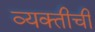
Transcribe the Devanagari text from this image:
व्‍यक्‍तीची